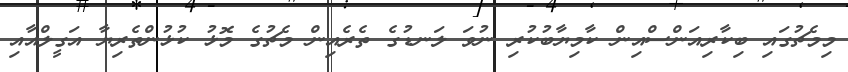
މިމެޗުގައި ބިކާރިއަންސްއިން ކާމިޔާބުކުރި ނުވަ ލަނޑުގެ ތެރެއިން މެޗުގެ މޮޅު ކުޅުންތެރިޔާ އަގީލްއާއި